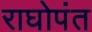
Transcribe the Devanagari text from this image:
राघोपंत